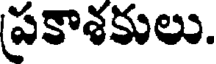
ప్రకాశకులు.